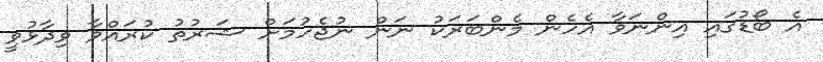
އެ ބޯޑުގައި އިންނަވާ އެހެން މެންބަރަކު ނަން ނުޖެހުމަށް ޝަރުތު ކުރައްވާ ވިދާޅުވީ